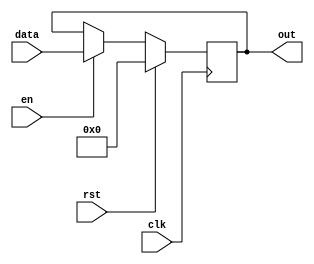
/*
   This file was generated automatically by the Mojo IDE version B1.3.5.
   Do not edit this file directly. Instead edit the original Lucid source.
   This is a temporary file and any changes made to it will be destroyed.
*/

/*
   Parameters:
     WIDTH = 16
*/
module register_12 (
    input clk,
    input en,
    input rst,
    input [15:0] data,
    output reg [15:0] out
  );
  
  localparam WIDTH = 5'h10;
  
  
  reg [15:0] M_regs_d, M_regs_q = 1'h0;
  
  always @* begin
    M_regs_d = M_regs_q;
    
    if (en == 1'h1) begin
      M_regs_d = data;
    end else begin
      M_regs_d = M_regs_q;
    end
    out = M_regs_q;
  end
  
  always @(posedge clk) begin
    if (rst == 1'b1) begin
      M_regs_q <= 1'h0;
    end else begin
      M_regs_q <= M_regs_d;
    end
  end
  
endmodule